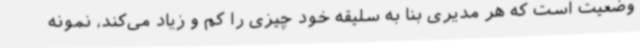
وضعیت است که هر مدیری بنا به سلیقه خود چیزی را کم و زیاد می‌کند، نمونه